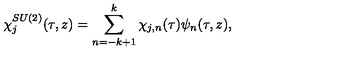
\chi _ { j } ^ { S U ( 2 ) } ( \tau , z ) = \sum _ { n = - k + 1 } ^ { k } \chi _ { j , n } ( \tau ) \psi _ { n } ( \tau , z ) ,